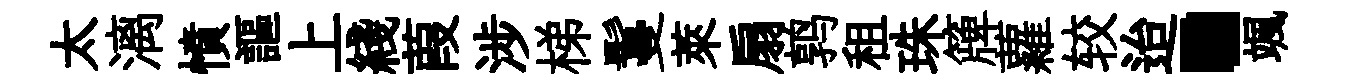
太漓憤謳上綫葭涉梯鬘萊扇鹑租珠簰蘿较迨·颯